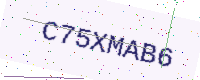
Text: C75XMAB6